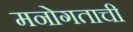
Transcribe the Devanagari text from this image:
मनोगताची